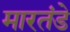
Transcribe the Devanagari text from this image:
मारतंडे